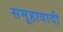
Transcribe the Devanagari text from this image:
समूहावादी